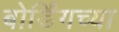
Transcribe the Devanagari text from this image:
बोर्डिंगच्या